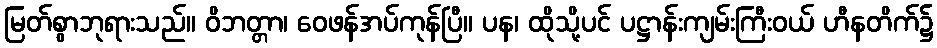
မြတ်စွာဘုရားသည်။ ဝိဘတ္တာ၊ ဝေဖန်အပ်ကုန်ပြီ။ ပန၊ ထိုသို့ပင် ပဋ္ဌာန်းကျမ်းကြီးဝယ် ဟီနတိက်၌